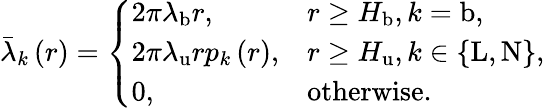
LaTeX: \begin{array}{r}{\bar{\lambda}_{k}\left(r\right)=\left\{ \begin{array}{ll}{2\pi\lambda_{\mathrm{b}}r,}&{r\ge H_{\mathrm{b}},k=\mathrm{b},}\\ {2\pi\lambda_{\mathrm{u}}rp_{k}\left(r\right),}&{r\ge H_{\mathrm{u}},k\in\left\{ \mathrm{L},\mathrm{N}\right\} ,}\\ {0,}&{\mathrm{otherwise}.}\end{array}\right.}\end{array}